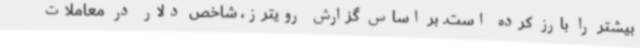
بیشتر را بارز کرده است. بر اساس گزارش رویترز، شاخص دلار در معاملات